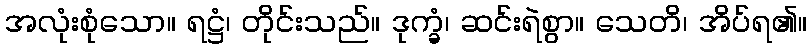
အလုံးစုံသော။ ရဋ္ဌံ၊ တိုင်းသည်။ ဒုက္ခံ၊ ဆင်းရဲစွာ။ သေတိ၊ အိပ်ရ၏။